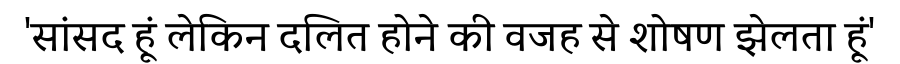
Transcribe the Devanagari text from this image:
'सांसद हूं लेकिन दलित होने की वजह से शोषण झेलता हूं'